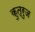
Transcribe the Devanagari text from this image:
कुत्रुज